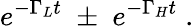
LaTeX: e^{-\Gamma_{L}t}\; \pm\; e^{-\Gamma_{H}t}\; .